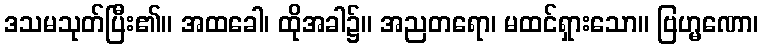
ဒသမသုတ်ပြီး၏။ အထခေါ၊ ထိုအခါ၌။ အညတရော၊ မထင်ရှားသော။ ဗြဟ္မဏော၊